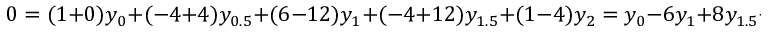
0 = ( 1 + 0 ) y _ { 0 } + ( - 4 + 4 ) y _ { 0 . 5 } + ( 6 - 1 2 ) y _ { 1 } + ( - 4 + 1 2 ) y _ { 1 . 5 } + ( 1 - 4 ) y _ { 2 } = y _ { 0 } - 6 y _ { 1 } + 8 y _ { 1 . 5 } - 3 y _ { 2 }